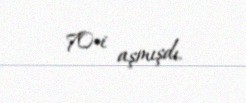
70-i aşmışdı.